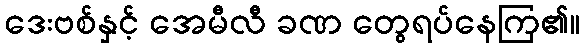
ဒေးဗစ်နှင့် အေမီလီ ခဏ တွေရပ်နေကြ၏။